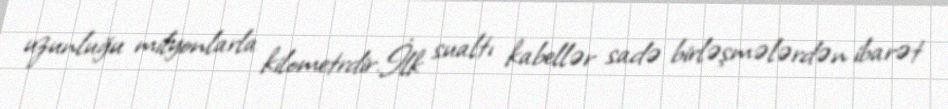
uzunluğu milyonlarla kilometrdir.İlk sualtı kabellər sadə birləşmələrdən ibarət